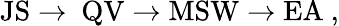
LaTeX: \mathrm{JS}\to\ \mathrm{QV}\to\mathrm{MSW}\to\mathrm{EA}\ ,